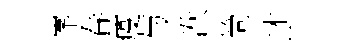
峯春疫与洑筒述